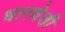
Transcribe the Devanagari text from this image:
धारणेशी